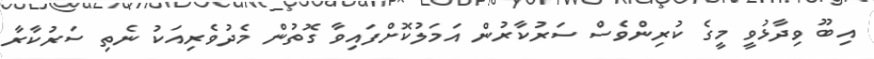
އިބޫ ވިދާޅުވީ މީގެ ކުރިންވެސް ސަރުކާރުން އަމަލުކޮށްފައިވާ ގޮތުން މެދުވެރިއަކު ނެތި ސަރުކާރާ